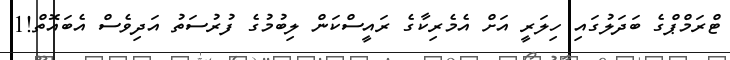
ޓްރަމްޕްގެ ބަދަލުގައި ހިލަރީ އަށް އެމެރިކާގެ ރައީސްކަން ލިބުމުގެ ފުރުސަތު އަދިވެސް އެބައޮތް!1